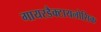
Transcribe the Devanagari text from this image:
गायरडैक्टायलोसिक